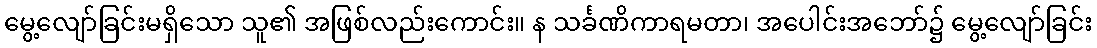
မွေ့လျော်ခြင်းမရှိသော သူ၏ အဖြစ်လည်းကောင်း။ န သင်္ခဏိကာရမတာ၊ အပေါင်းအဘော်၌ မွေ့လျော်ခြင်း